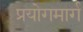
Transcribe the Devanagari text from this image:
प्रयोगमार्ग